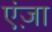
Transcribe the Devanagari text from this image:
एंज़ा